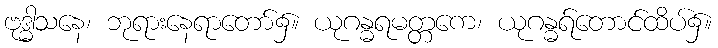
ဗုဒ္ဓါသနေ၊ ဘုရားနေရာတော်၌။ ယုဂန္ဓရမတ္တကေ၊ ယုဂန္ဓရ်တောင်ထိပ်၌။